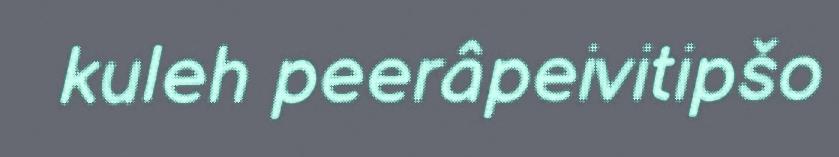
kuleh peerâpeivitipšo